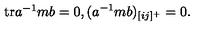
\begin{matrix} { \mathrm { t r } a ^ { - 1 } m b = 0 , } & { ( a ^ { - 1 } m b ) _ { [ i j ] ^ { + } } = 0 . } \\ \end{matrix}